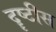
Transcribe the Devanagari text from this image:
दॄष्टीस